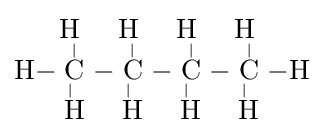
{\mathrm {H} {-}{\overset {\displaystyle \mathrm {H} ~ \atop |}{\underset {|~ \atop \displaystyle \mathrm {H} }{\mathrm {C} }}}{-}{\overset {\displaystyle \mathrm {H} ~ \atop |}{\underset {|~ \atop \displaystyle \mathrm {H} }{\mathrm {C} }}}{-}{\overset {\displaystyle \mathrm {H} ~ \atop |}{\underset {|~ \atop \displaystyle \mathrm {H} }{\mathrm {C} }}}{-}{\overset {\displaystyle \mathrm {H} ~ \atop |}{\underset {|~ \atop \displaystyle \mathrm {H} }{\mathrm {C} }}}{-}\mathrm {H} }